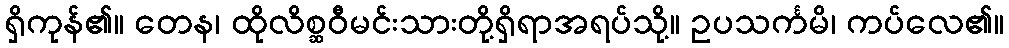
ရှိကုန်၏။ တေန၊ ထိုလိစ္ဆဝီမင်းသားတို့ရှိရာအရပ်သို့။ ဥပသင်္ကမိ၊ ကပ်လေ၏။